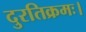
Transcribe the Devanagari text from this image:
दुरतिक्रमः।